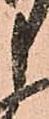
申